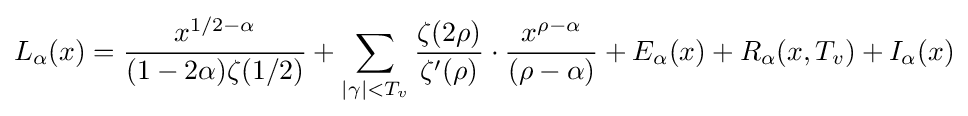
L_{\alpha }(x)={\frac {x^{1/2-\alpha }}{(1-2\alpha )\zeta (1/2)}}+\sum _{|\gamma |<T_{v}}{\frac {\zeta (2\rho )}{\zeta ^{\prime }(\rho )}}\cdot {\frac {x^{\rho -\alpha }}{(\rho -\alpha )}}+E_{\alpha }(x)+R_{\alpha }(x,T_{v})+I_{\alpha }(x)